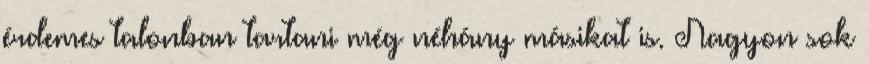
érdemes talonban tartani még néhány másikat is. Nagyon sok